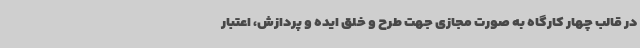
در قالب چهار کارگاه به صورت مجازی جهت طرح و خلق ایده و پردازش، اعتبار